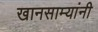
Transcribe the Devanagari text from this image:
खानसाम्यांनी